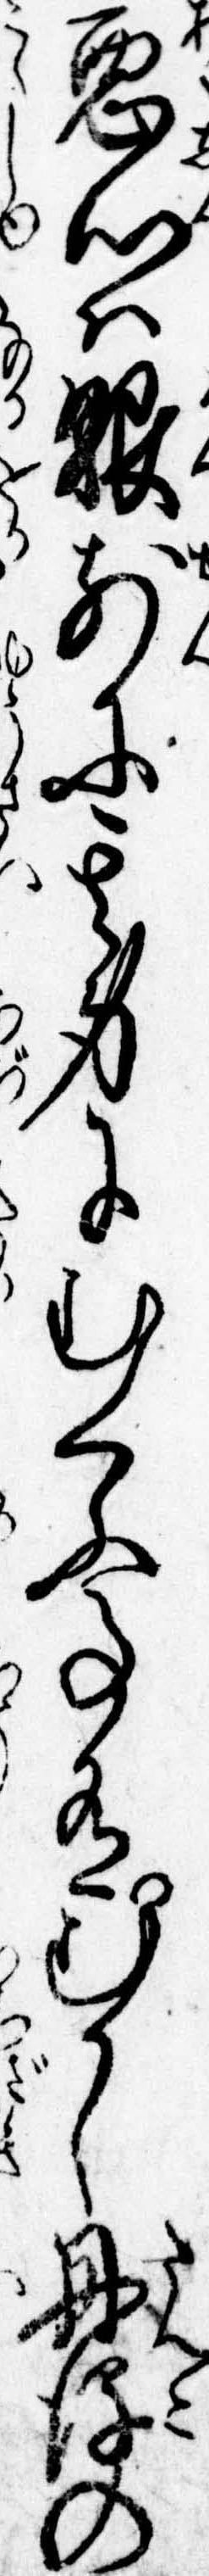
悪心は眼前に其身にむくふ事有むかし丹後の